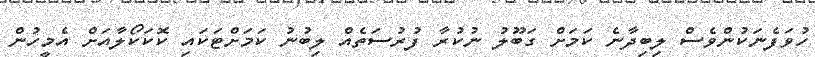
ހުވަފެނަކުންވެސް ލިބިދާނެ ކަމަށް ގަބޫލު ނުކުރާ ފުރުސަތެއް ލިބުނު ކަމަށްޓަކައި ކޮކަކޯލާއަށް އެމީހުން